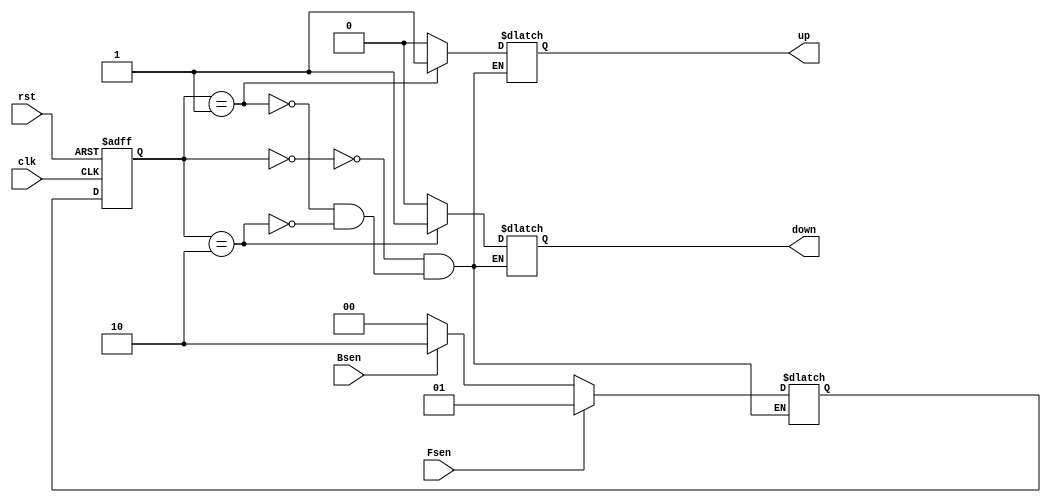
`timescale 1ns / 1ps

module FSM(
input clk,rst,
input Fsen, Bsen,
output reg up, down 
    );
    
    reg [1:0] currentstate, nextstate; //To select between 3 states
    
    //To give the states a value
    parameter IDLE = 2'b00;
    parameter UPSTATE = 2'b01;
    parameter DOWNSTATE = 2'b10;
    
    always@(posedge clk, posedge rst)
    begin
    if(rst)
    currentstate <= IDLE;
    else 
    currentstate <= nextstate;
    end 
    
    always@(*)
    begin
    case (currentstate)
    
    IDLE: begin
    up <= 1'b0;
    down <= 1'b0;
    if (Fsen)
    nextstate <= UPSTATE;
    else if (Bsen)
    nextstate <= DOWNSTATE;
    else
    nextstate <= IDLE;
    end
    
    UPSTATE: begin
    up <= 1'b1;
    down <= 1'b0;
    if (Fsen)
        nextstate <= UPSTATE;
        else if (Bsen)
        nextstate <= DOWNSTATE;
        else
        nextstate <= IDLE;
      end
      DOWNSTATE: begin
       up <= 1'b0;
       down <= 1'b1;
          if (Fsen)
              nextstate <= UPSTATE;
              else if (Bsen)
              nextstate <= DOWNSTATE;
              else
              nextstate <= IDLE;
            end
endcase
end       
endmodule